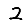
Digit: 2